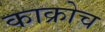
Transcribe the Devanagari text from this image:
काक्रोच